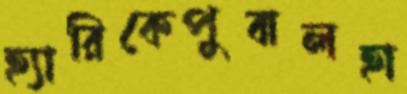
হ্যারিকেপুবালহা